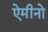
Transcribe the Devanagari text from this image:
ऐमीनो